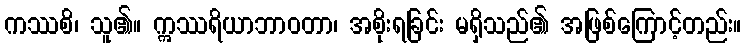
ကဿစိ၊ သူ၏။ ဣဿရိယာဘာဝတာ၊ အစိုးရခြင်း မရှိသည်၏ အဖြစ်ကြောင့်တည်း။